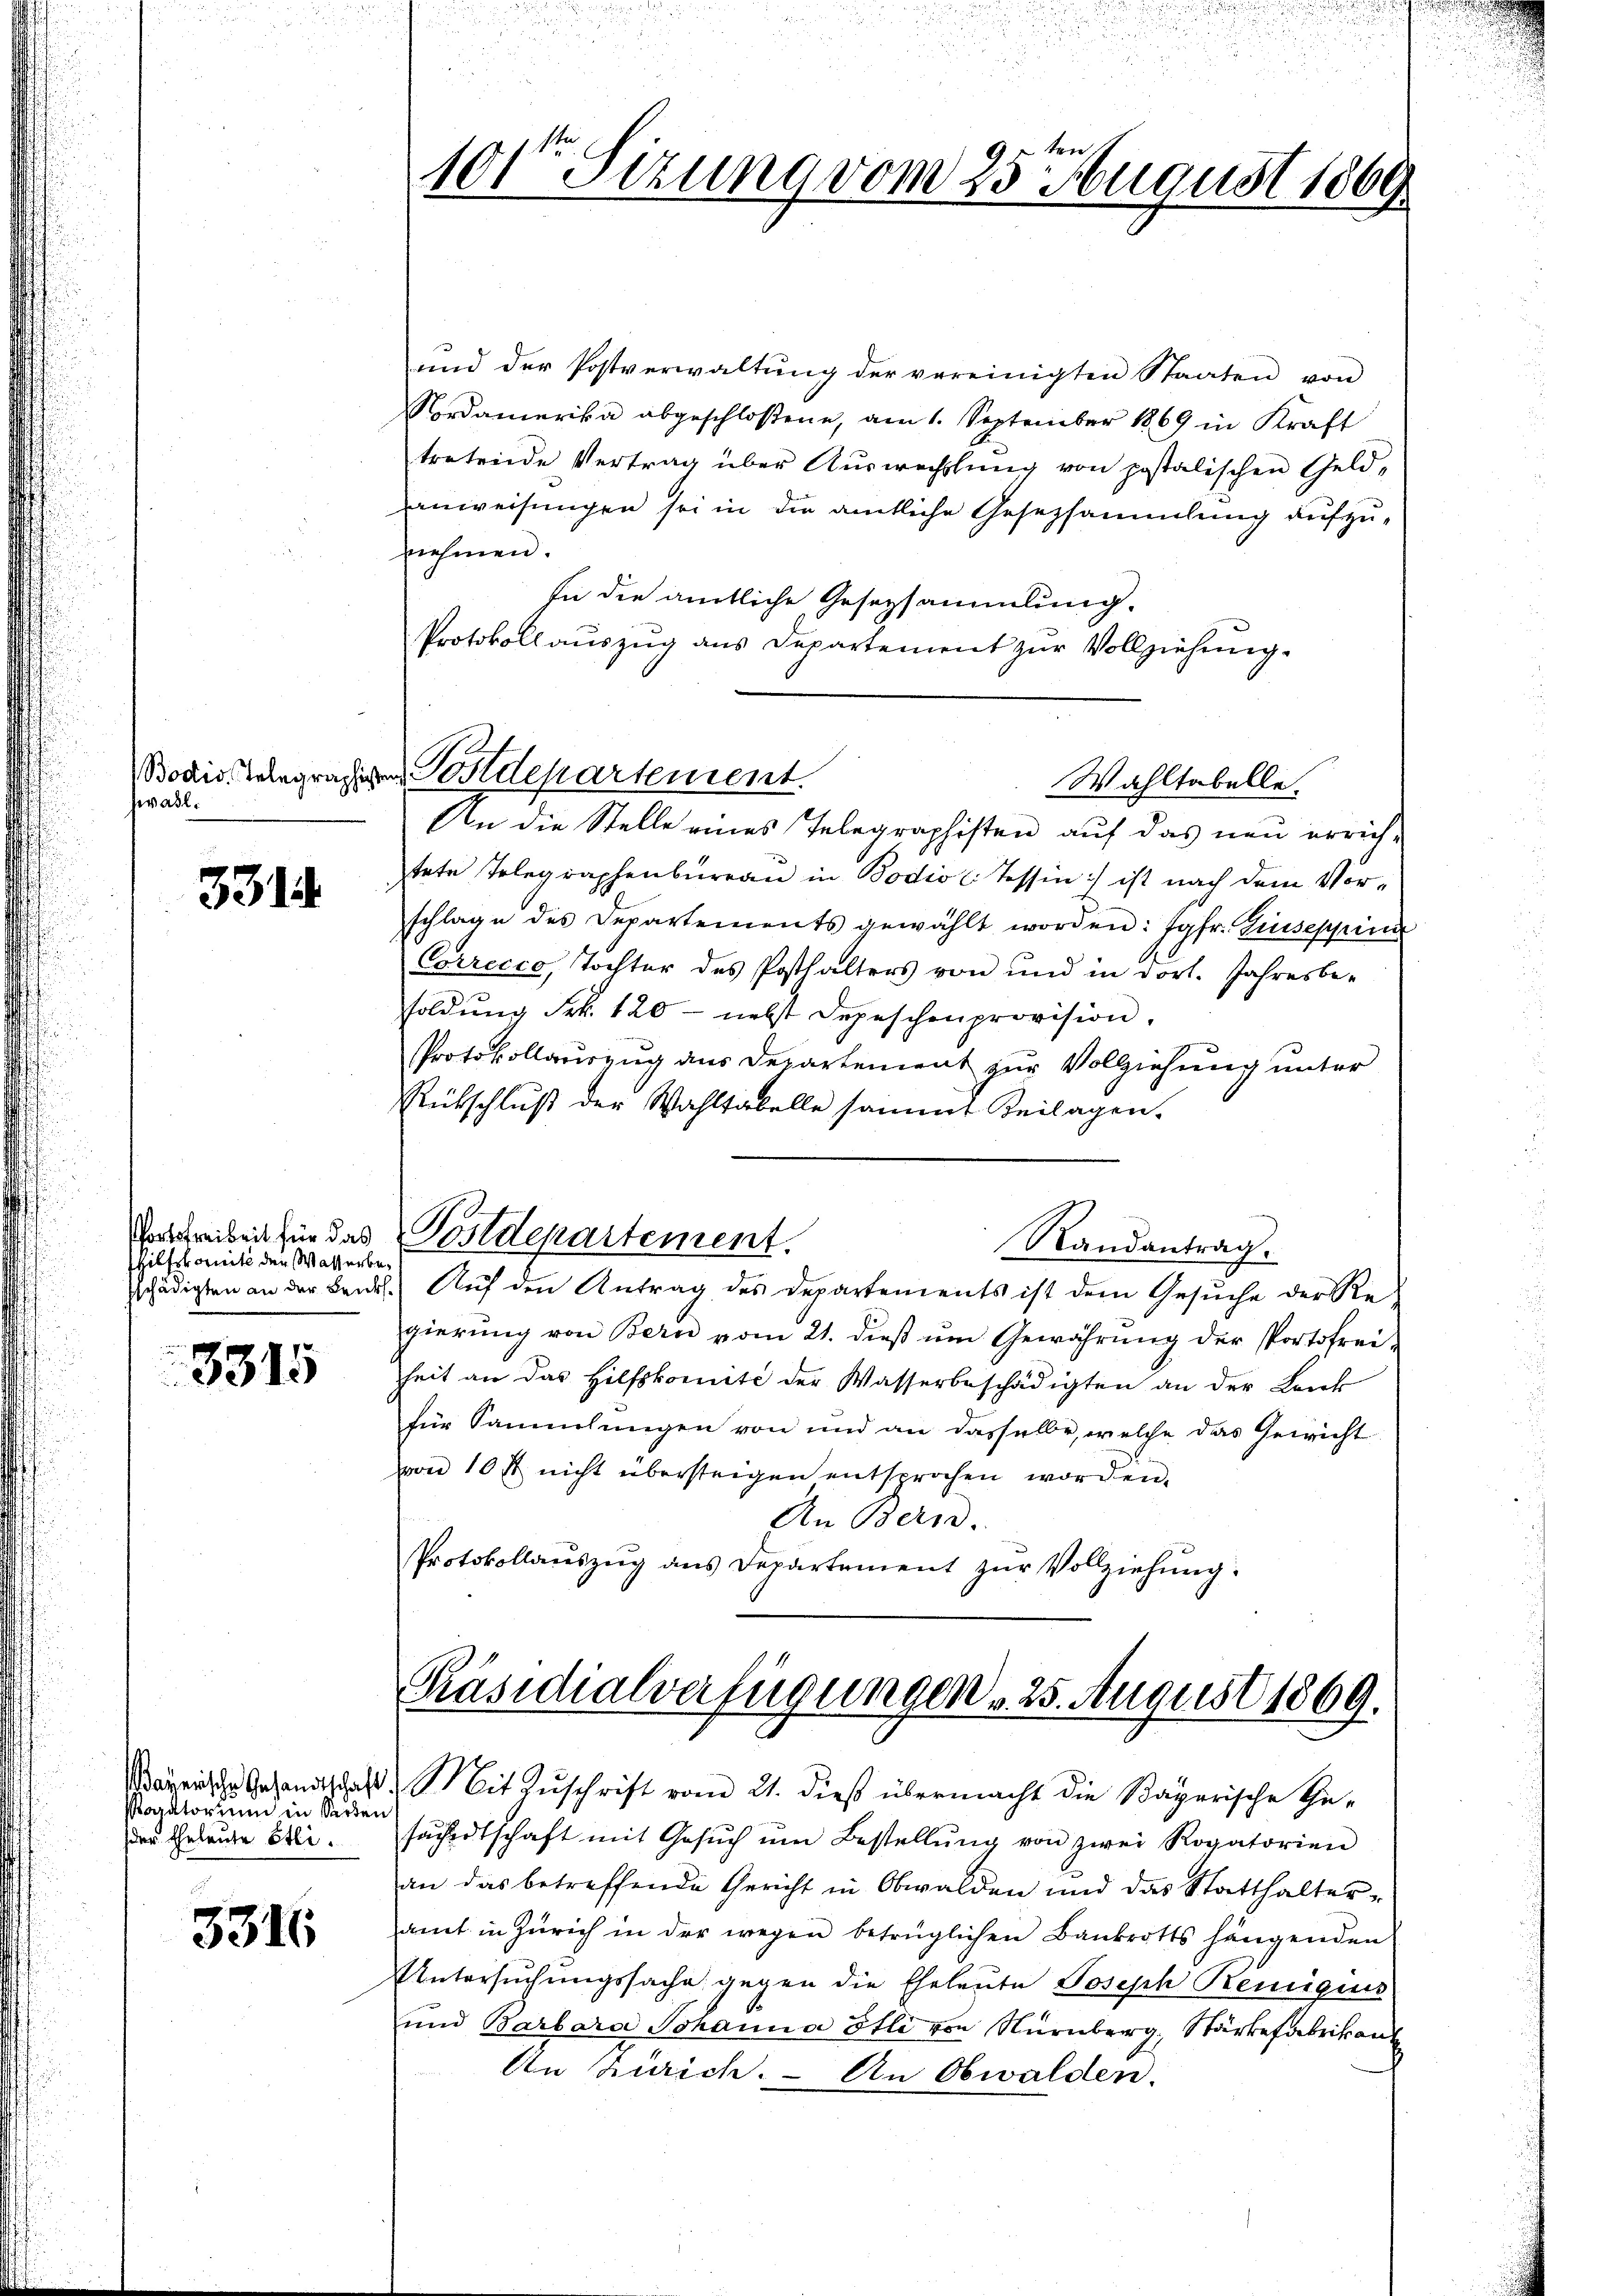
Bodis Telegraphist
wasl.

331.

Pfortstreibeit für das
Hilfskomit der Wasserbe
sschädigten an der Benk

3315

Rogatorium in Seiden
der Eheleute Etli.

3316

9 2ten
10sten Sizung vom 23. Zeugust 1869

und der Postverwaltŭng der vereinigten Staaten von
Nordamerika abgeschlossene, am 1. September 1869 in Kraft
tretende Vertrag über Aŭswechstŭng von postalischen Geld-
Anweisungen sei in die amtliche Gesetzsammlung aufzunehmen.
In die amtliche Gesezsammlung.
Protokollauszug aus Departement zur Vollziehung.
An die Stelle eines Telegraphisten auf das neu errichtete Telegraphenbureau in Bodio (Tessin:/ ist nach dem Vorschlage des Departements gewählt worden: Jgfr. Giuseppin
Correcco, Tochter des Posthalters von und in dort. Jahresbe-
soldŭng Frk. 120 - nebst Depeschenprovision.
Protokollauszug aus Departement zur Vollziehung unter
Rückschluß der Wahltabelle sammt Beilagen.
Postdepartement.
Randantrag.
2. Aŭf den Antrag des Departements ist dem Gesŭche der Regierung von Bern vom 21. dieß um Gewährung der Portofrei-
heit an das Hilfskomité der Wasserbeschädigten an der Lenk
für Sammlungen von und an dasselbe, welche das Gewicht
von 10 rt nicht übersteigen entsprochen worden.
An Bern.
Protokollaŭszŭg ans Departement zŭr Vollziehŭng.

Postdepartement.
Wahltabelle.

Präsidialverfügungen 25. August 1869.
Waeische Gesandtschaft. Mit Zŭschrift vom 21. dieß übermacht die Bayerische Ge-

sächdtschaft mit Gesŭch ŭm Bestellŭng von zwei Rogatorien
an das betreffende Gericht in Obwalden und das Statthalteramt in Zürich in der wegen betrüglichen Bankrotts hängenden
Untersuchungssache gegen die Eheleute Joseph Reinigun
und Barbara Johanna Etli von Nürnberg, Stärkefabrikant
An Zürich. - An Obwalden.